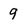
Character: 9